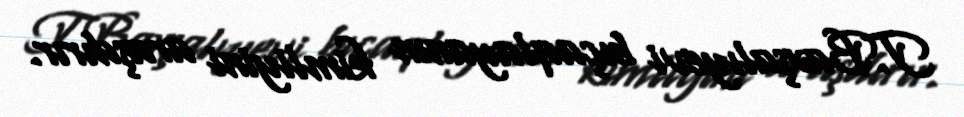
T.Baxşalıyevi bıçaqlayanın kimliyini araşdırır.